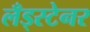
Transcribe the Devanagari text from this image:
लँड्स्टेनर